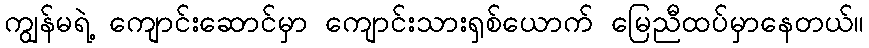
ကျွန်မရဲ့ ကျောင်းဆောင်မှာ ကျောင်းသားရှစ်ယောက် မြေညီထပ်မှာနေတယ်။